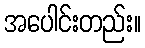
အပေါင်းတည်း။